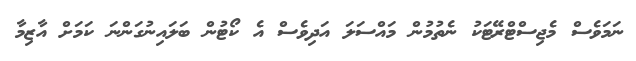
ނަމަވެސް މެޖިސްޓްރޭޓަކު ނެތުމުން މައްސަލަ އަދިވެސް އެ ކޯޓުން ބަލައިނުގަންނަ ކަމަށް އާޒިމާ